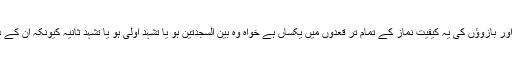
یاد رہے کہ دونوں ہاتھوں اور بازوؤں کی یہ کیفیت نماز کے تمام تر قعدوں میں یکساں ہے خواہ وہ بین السجدتین ہو یا تشہد اولیٰ ہو یا تشہد ثانیہ کیونکہ ان کے درمیان فرق ثابت نہیں ہے۔